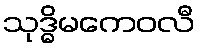
သုဒ္ဓိမကေဝလီ